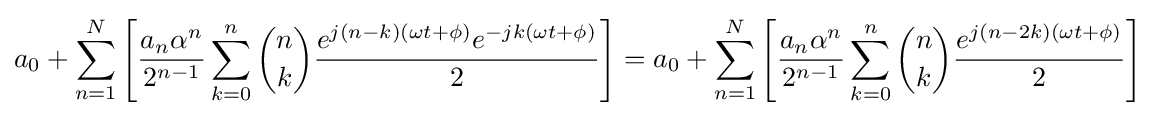
a_{0}+\sum _{n=1}^{N}{\Bigg [}{{\frac {a_{n}\alpha ^{n}}{2^{n-1}}}\sum _{k=0}^{n}{{n \choose k}{\frac {e^{j(n-k)(\omega t+\phi )}e^{-jk(\omega t+\phi )}}{2}}}{\Bigg ]}}=a_{0}+\sum _{n=1}^{N}{\Bigg [}{{\frac {a_{n}\alpha ^{n}}{2^{n-1}}}\sum _{k=0}^{n}{{n \choose k}{\frac {e^{j(n-2k)(\omega t+\phi )}}{2}}}{\Bigg ]}}